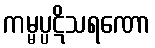
ကမ္မပ္ပဋိသရဏော